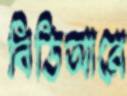
বিডিআরে